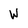
Character: W